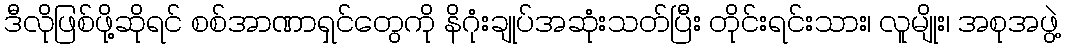
ဒီလိုဖြစ်ဖို့ဆိုရင် စစ်အာဏာရှင်တွေကို နိဂုံးချုပ်အဆုံးသတ်ပြီး တိုင်းရင်းသား၊ လူမျိုး၊ အစုအဖွဲ့